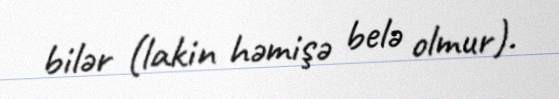
bilər (lakin həmişə belə olmur).